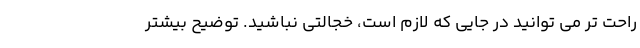
راحت تر می توانید در جایی که لازم است، خجالتی نباشید. توضیح بیشتر